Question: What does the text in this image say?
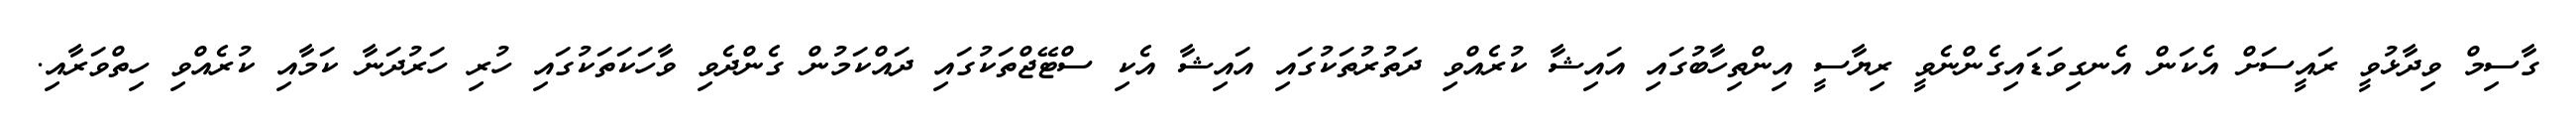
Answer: ގާސިމް ވިދާޅުވީ ރައީސަށް އެކަން އެނގިވަޑައިގެންނެވީ ރިޔާސީ އިންތިހާބުގައި އައިޝާ ކުރެއްވި ދަތުރުތަކުގައި އައިޝާ އެކި ސްޓޭޖްތަކުގައި ދައްކަމުން ގެންދެވި ވާހަކަތަކުގައި ހުރި ހަރުދަނާ ކަމާއި ކުރެއްވި ހިތްވަރާއި.